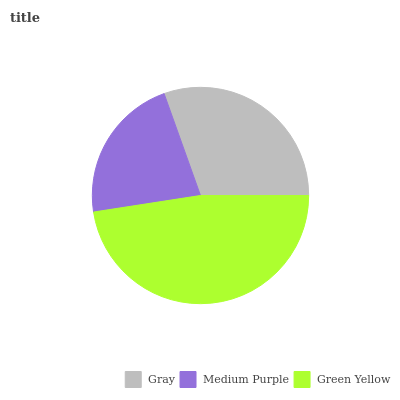
| Gray | Medium Purple | Green Yellow |
 | --- | --- | --- |
 | 30.4% | 22% | 47.6% |